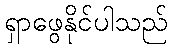
ရှာဖွေနိုင်ပါသည်